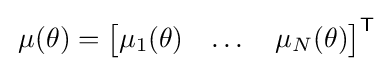
\,\mu (\theta )={\begin{bmatrix}\mu _{1}(\theta )&\dots &\mu _{N}(\theta )\end{bmatrix}}^{\textsf {T}}